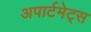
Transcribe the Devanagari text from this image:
अपार्टमेट्स